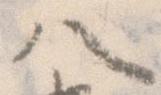
八